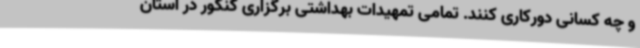
و چه کسانی دورکاری کنند. تمامی تمهیدات بهداشتی برگزاری کنکور در استان